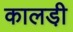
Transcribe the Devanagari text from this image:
कालडी़